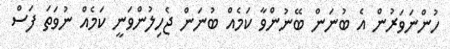
ހުންނަވަރުން އެ ބުނަން ބޭނުންވާ ކަމެއް ބުނަން ޖެހިލުންވަނީ ކަމެއް ނުވަތަ ފަސް